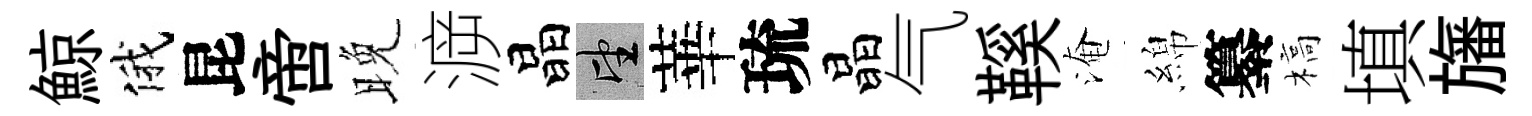
鯨俄昆啻晚㴑晶望華琉晶气鞵淹綿纂槁填旛